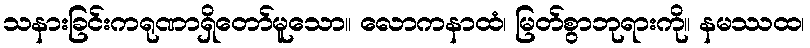
သနားခြင်းကရုဏာရှိတော်မူသော။ လောကနာထံ၊ မြတ်စွာဘုရားကို။ နမဿထ၊